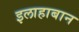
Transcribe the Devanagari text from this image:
इलाहाबान